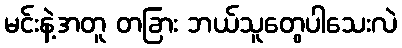
မင်းနဲ့အတူ တခြား ဘယ်သူတွေပါသေးလဲ